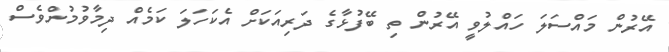
އޭރުން މައްސަލަ ހައްލުވީ އޭރުން ތި ބޭފުޅާގެ ދަރިއަކަށް އެކަހަލަ ކަމެއް ދިމާވުމުންވެސް